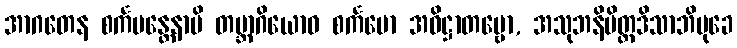
အာဂတေန စင်္ကမန္တေနာပိ တဗ္ဘာဂိယောဝ စင်္ကမော အဓိဋ္ဌာတဗ္ဗော, အသုဘနိမိတ္တဒိသာဘိမုခေ